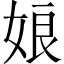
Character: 娘